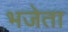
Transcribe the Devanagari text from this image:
भजेता